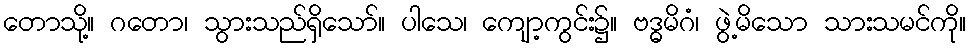
တောသို့။ ဂတော၊ သွားသည်ရှိသော်။ ပါသေ၊ ကျော့ကွင်း၌။ ဗဒ္ဓမိဂံ၊ ဖွဲ့မိသော သားသမင်ကို။